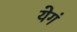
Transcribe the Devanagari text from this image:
येगं